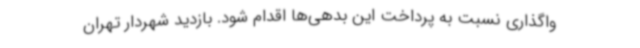
واگذاری نسبت به پرداخت این بدهی‌ها اقدام شود. بازدید شهردار تهران